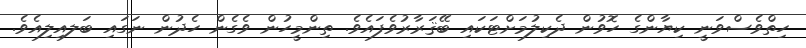
ހިތްވެސްވަނީ ކިޔާާންގެ ހޮވުން ދެކިލުމަށްޓަކައި ބޭޤަރާރުވެފައެވެ. ތިންމީހުން ވެގެން ހެދުން ނަގައި ބަލއިލިއެވެ.